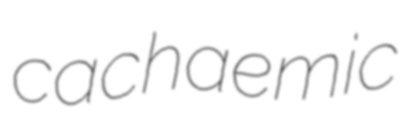
cachaemic